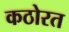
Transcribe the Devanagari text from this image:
कठोरत